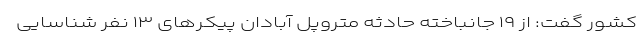
کشور گفت‌: از ۱۹ جانباخته حادثه متروپل آبادان پیکرهای ۱۳ نفر شناسایی